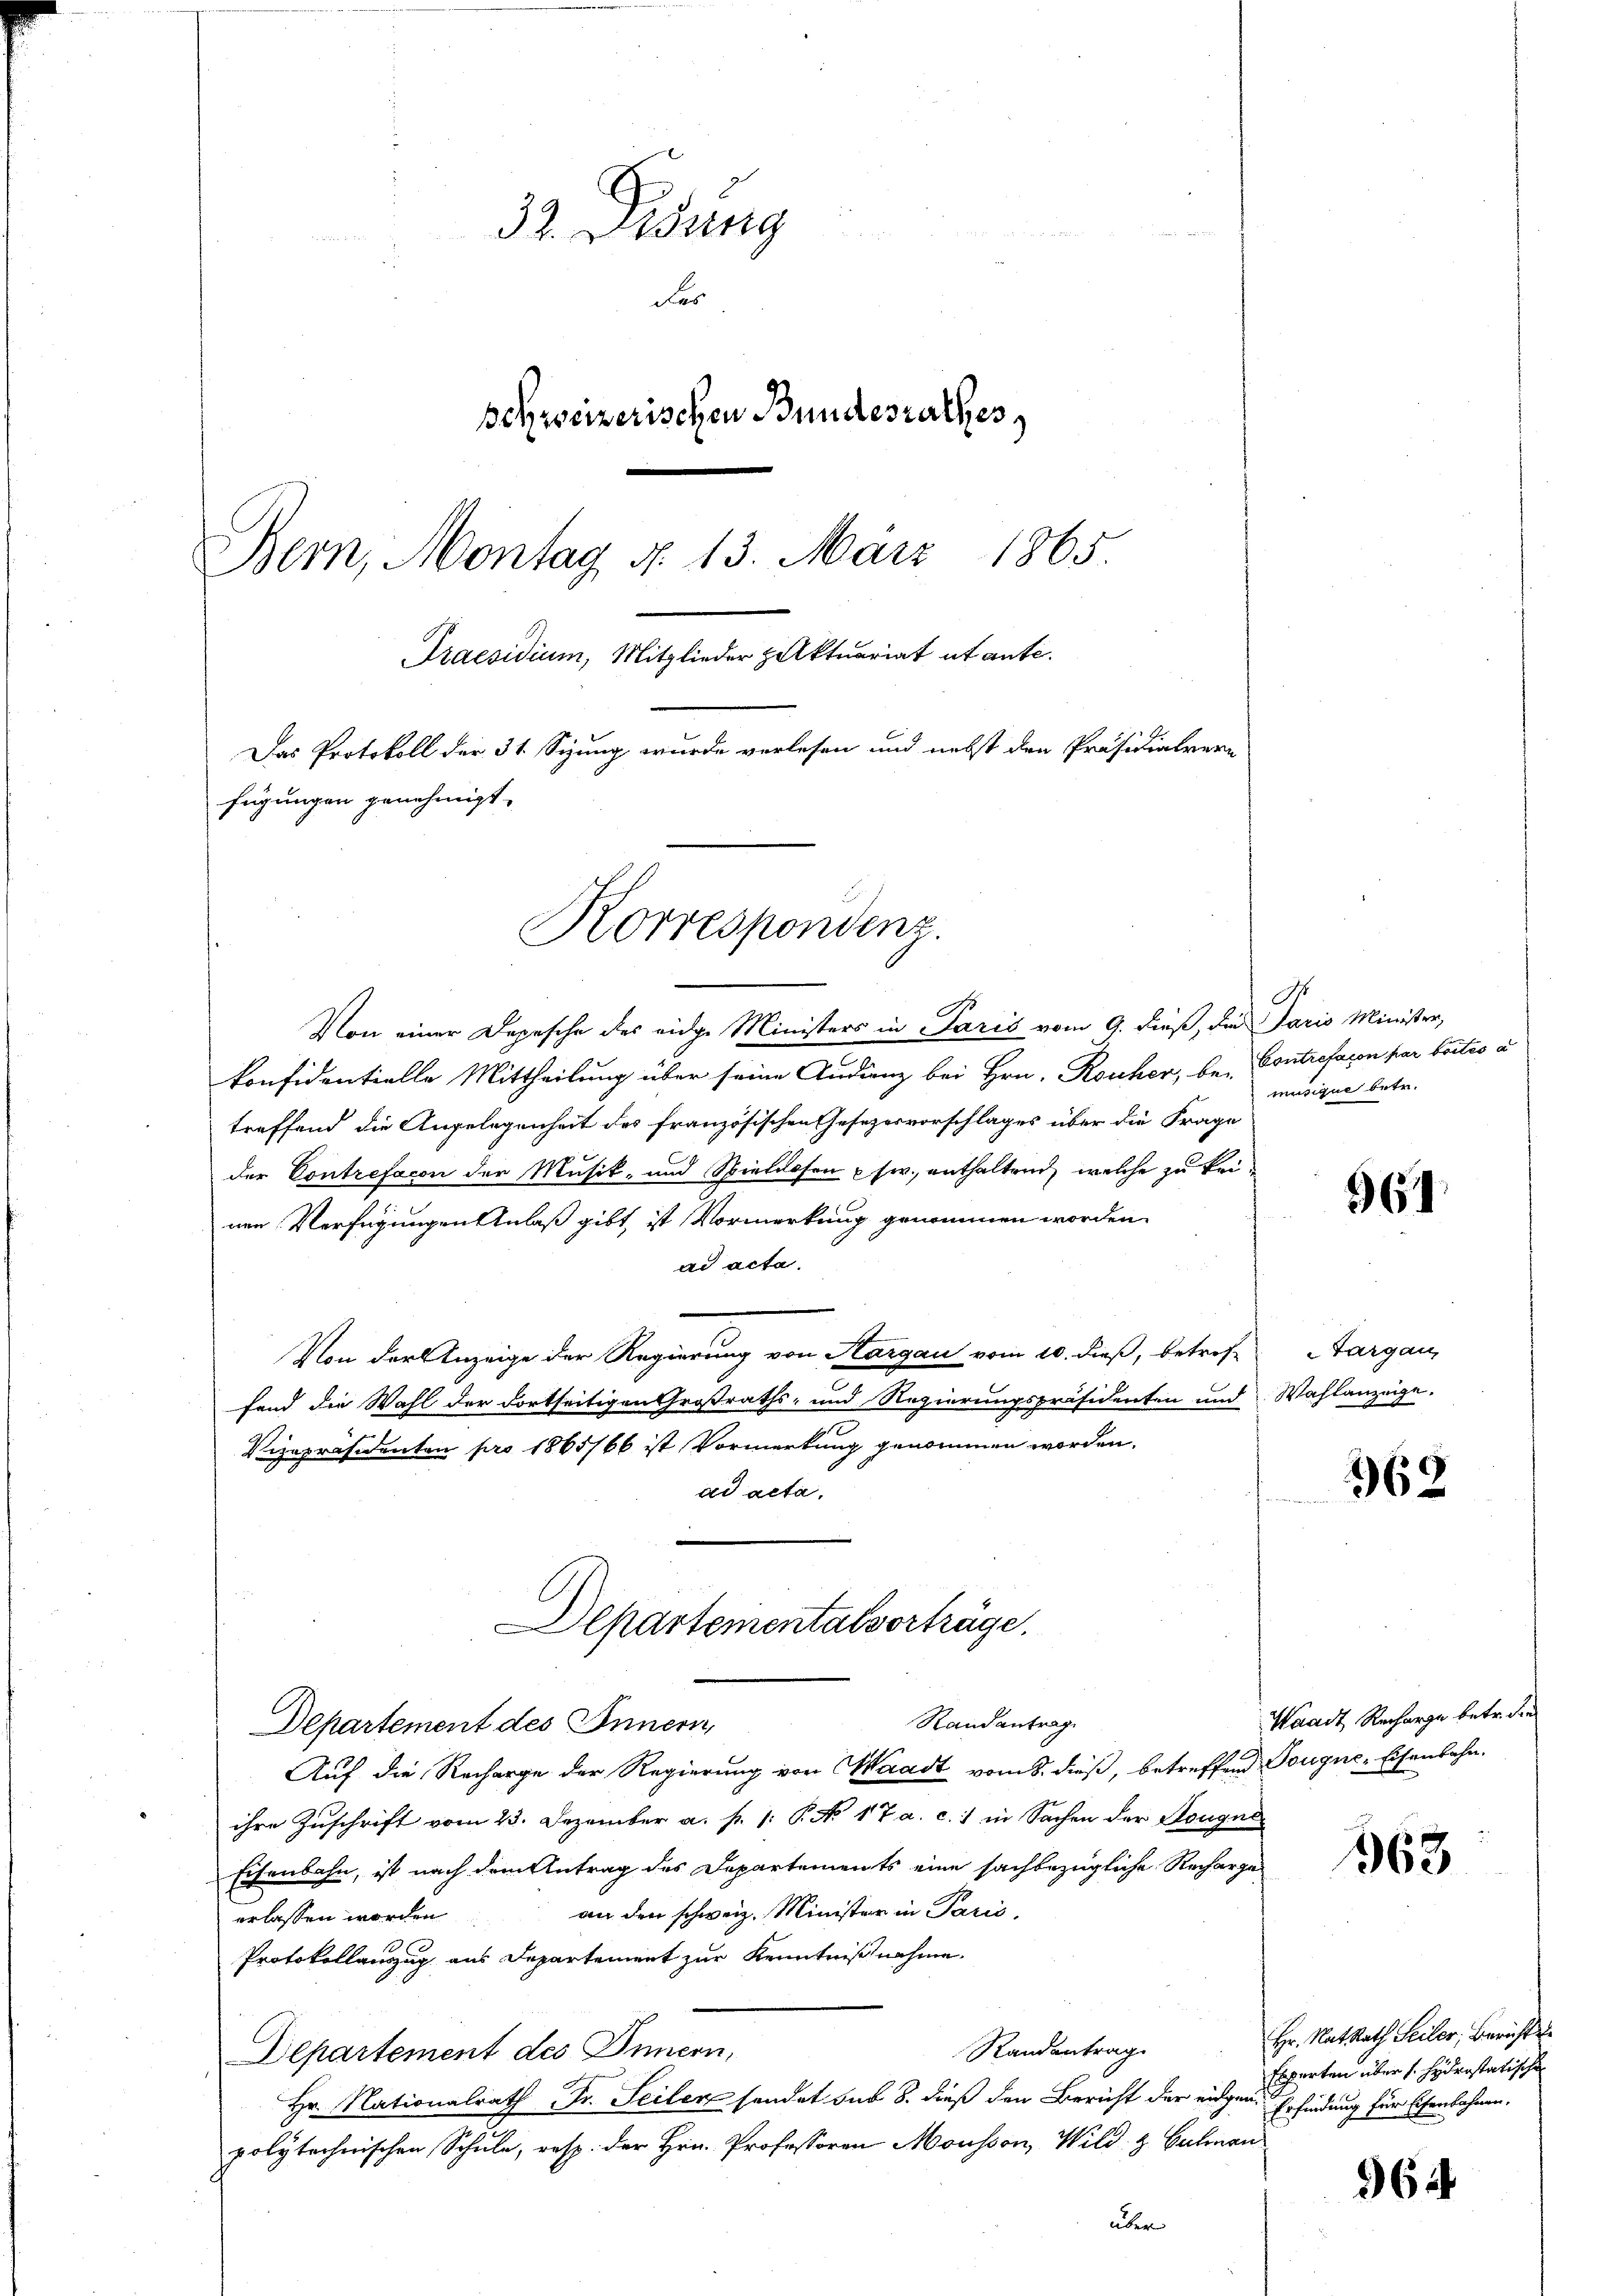
32. Lesung
Fas
schweizerischen Bundesrathes
Bern, Montag d. 13. März 1865.
Praesidium, Mitglieder Aktuariat et ante.
Das Protokoll der 31. Sizung wurde verlesen und nebst den Präsidialrere
fügungen genehmigt.

Korrespondenz.

Von einer Depesche des eidge Ministers in Paris vom 9. dieß, die Paris Minister,
konfidentielle Mittheilung über seine Andrenz bei Hrn. Rouhen, be- Contrefacon par toités à
treffend die Angelegenheit des französischen Gesezesvorschlages über die Frage
der Contrefacon der Musik- und Spielessen usw., enthaltend, welche zu keinen Verfügungen Anlaß gibt, ist Vormerkung genommen worden.
ad acta.
Von der Anzeige der Regierung von Aargau vom 10. dieß, betref-
fend die Wahl der dortseitigen Großraths- und Regierungspräsidenten und Wahlanzeige.
Vizepräsidenten pro 1865/66 ist Vormerkung genommen worden.
ad acta.
Departementalvorträge.
Randantrag
Departement des Innern,
Auf die Recharge der Regierung von Waadt vom 8. dieß, betreffend Tougne-Eisenbahn.
ihre Zuschrift vom 23. Dezember a. p. 1: P. No 17 a. c.) in Sachen der Sougne
Eisenbahn, ist nach dem Antrag des Departements eine sachbezügliche Recharge-
an den schweiz. Minister in Paris.
erlassen worden
Protokollanzug aus Departement zur Kenntnißnahme.
Randantrag
Departement des Innern,
Hr. Nationalrath Fr. Seiler sendet sur 8. dieß den Bericht der eidgen.
polytechnischen Schule, resp. der Hrn. Professoren Mousson, Wild & Bahnan
über

A.
musique betr.

961

targau,

369

Waadt Recharge betr. den

363

Hr. Rat Rath Seiler, Bericht de
Experten über s. hydrastatische
Erfindung für Eisenbahnen.

964